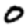
Digit: 0